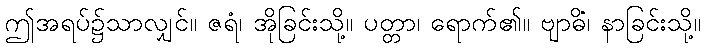
ဤအရပ်၌သာလျှင်။ ဇရံ၊ အိုခြင်းသို့။ ပတ္တာ၊ ရောက်၏။ ဗျာဓိံ၊ နာခြင်းသို့။